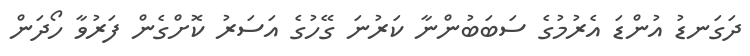
ދަގަނޑު އުންޑަ އެރުމުގެ ސަބަބުންނާ ކަރުނަ ގޭހުގެ އަސަރު ކޮށްގެން ފަރުވާ ހޯދަން